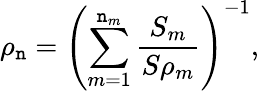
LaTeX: \rho_{\mathtt{n}}=\left(\sum_{m=1}^{\mathtt{n}_{m}}\frac{{S_{m}}}{{S\rho_{m}}}\right)^{-1},